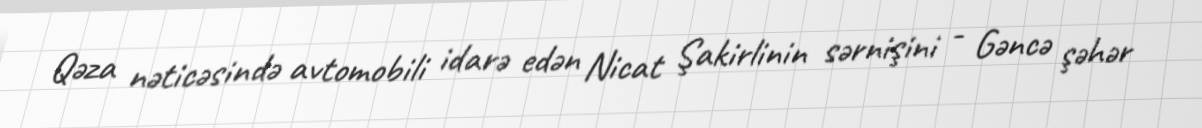
Qəza nəticəsində avtomobili idarə edən Nicat Şakirlinin sərnişini - Gəncə şəhər